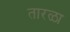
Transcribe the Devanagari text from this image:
तारळा